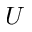
U